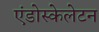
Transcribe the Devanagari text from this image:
एंडोस्केलेटन